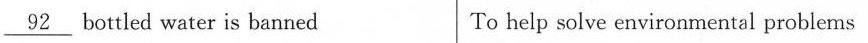
\underline{92} bottled water is banned To help solve environmental problems